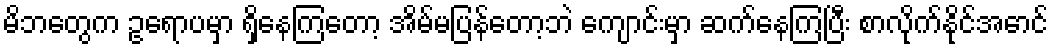
မိဘတွေက ဥရောပမှာ ရှိနေကြတော့ အိမ်မပြန်တော့ဘဲ ကျောင်းမှာ ဆက်နေကြပြီး စာလိုက်နိုင်အောင်